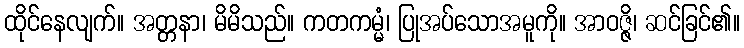
ထိုင်နေလျက်။ အတ္တနာ၊ မိမိသည်။ ကတကမ္မံ၊ ပြုအပ်သောအမူကို။ အာဝဇ္ဇိ၊ ဆင်ခြင်၏။